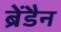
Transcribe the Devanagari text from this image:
ब्रेंडैन